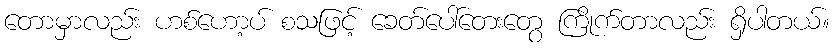
တောမှာလည်း ဟစ်ဟော့ပ် စသဖြင့် ခေတ်ပေါ်တေးတွေ ကြိုက်တာလည်း ရှိပါတယ်။